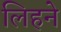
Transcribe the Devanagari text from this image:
लिहने